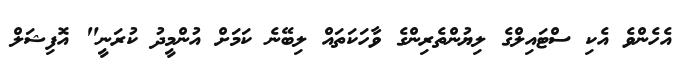
އެހެންވެ އެކި ސްޓައިލްގެ ލިޔުންތެރިންގެ ވާހަކަތައް ލިބޭނެ ކަމަށް އުންމީދު ކުރަނީ" އޮފިޝަލް